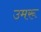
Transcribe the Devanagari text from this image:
उमरू